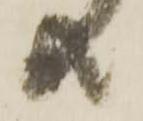
共